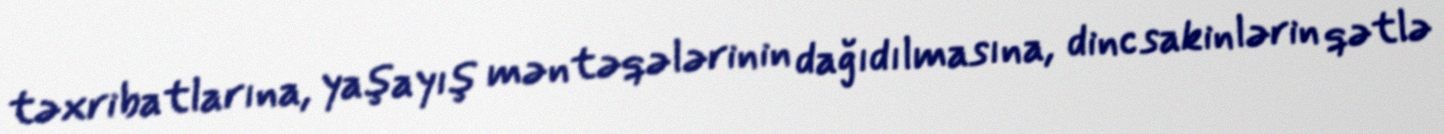
təxribatlarına, yaşayış məntəqələrinin dağıdılmasına, dinc sakinlərin qətlə